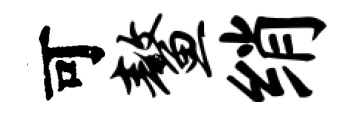
可鳌绡